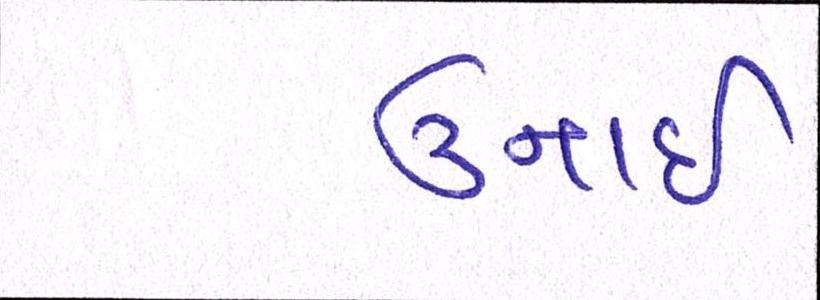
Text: ઉનાઈ